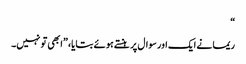
“
ریما نے ایک اور سوال پر ہنستے ہوئے بتایا، ”ابھی تو نہیں۔